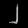
Digit: ၂